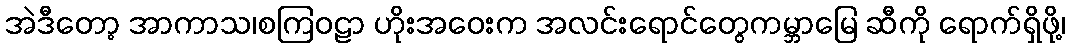
အဲဒီတော့ အာကာသ၊စကြဝဠာ ဟိုးအဝေးက အလင်းရောင်တွေကမ္ဘာမြေ ဆီကို ရောက်ရှိဖို့၊